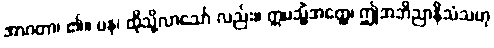
အာဂတာ၊ ၏။ ပန၊ ထိုသို့လာသော် လည်း။ ဣမသ္မိံအတ္ထေ၊ ဤအဘိညာနိသံသဟု